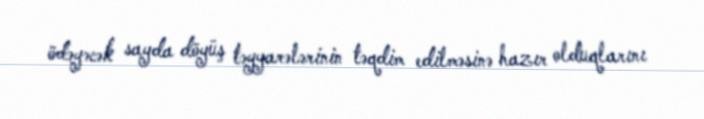
ödəyəcək sayda döyüş təyyarələrinin təqdim edilməsinə hazır olduqlarını